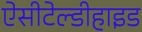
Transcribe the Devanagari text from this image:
ऐसीटेल्डीहाइड